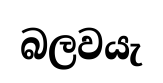
බලවයැ